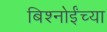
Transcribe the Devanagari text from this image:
बिश्‍नोईंच्या